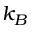
k _ { B }